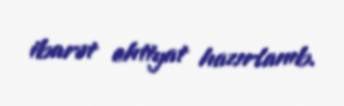
ibarət ehtiyat hazırlanıb.